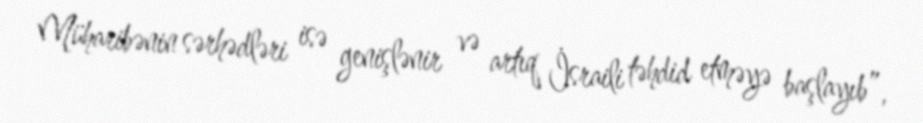
Müharibənin sərhədləri isə genişlənir və artıq İsraili təhdid etməyə başlayıb”,